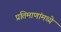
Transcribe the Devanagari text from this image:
प्रतिमाणांमध्ये